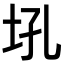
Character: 𪣂